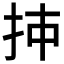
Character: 𰓌